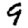
Digit: 9